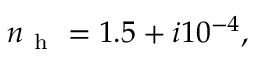
n _ { \mathrm { ~ h ~ } } = 1 . 5 + i 1 0 ^ { - 4 } ,